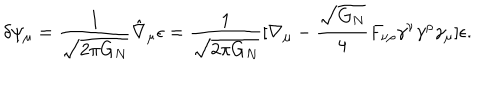
\delta \psi _ { \mu } = { \frac { 1 } { \sqrt { 2 \pi G _ { N } } } } \hat { \nabla } _ { \mu } \epsilon = { \frac { 1 } { \sqrt { 2 \pi G _ { N } } } } [ \nabla _ { \mu } - { \frac { \sqrt { G _ { N } } } { 4 } } F _ { \nu \rho } \gamma ^ { \nu } \gamma ^ { \rho } \gamma _ { \mu } ] \epsilon .